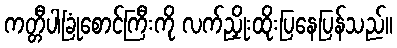
ကတ္တီပါခြုံစောင်ကြီးကို လက်ညှိုးထိုးပြနေပြန်သည်။